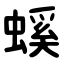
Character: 螇